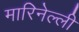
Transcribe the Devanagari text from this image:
मारिनेल्ली